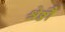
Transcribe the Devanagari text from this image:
श्रेष्ठौ